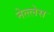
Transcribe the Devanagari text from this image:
नेत्त्लेस